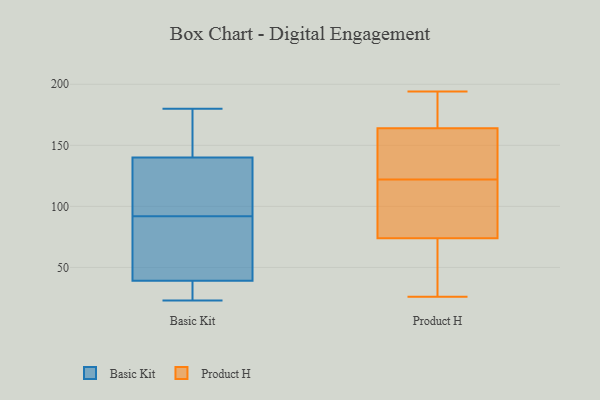
{"axis": {"x": "Revenue (USD Million)", "y": "Value"}, "legend": ["Basic Kit", "Product H"], "data": [{"x": "", "y": 140, "type": "Basic Kit"}, {"x": "", "y": 39, "type": "Basic Kit"}, {"x": "", "y": 60, "type": "Basic Kit"}, {"x": "", "y": 180, "type": "Basic Kit"}, {"x": "", "y": 106, "type": "Basic Kit"}, {"x": "", "y": 78, "type": "Basic Kit"}, {"x": "", "y": 172, "type": "Basic Kit"}, {"x": "", "y": 23, "type": "Basic Kit"}, {"x": "", "y": 28, "type": "Basic Kit"}, {"x": "", "y": 110, "type": "Basic Kit"}, {"x": "", "y": 115, "type": "Product H"}, {"x": "", "y": 121, "type": "Product H"}, {"x": "", "y": 155, "type": "Product H"}, {"x": "", "y": 48, "type": "Product H"}, {"x": "", "y": 123, "type": "Product H"}, {"x": "", "y": 100, "type": "Product H"}, {"x": "", "y": 186, "type": "Product H"}, {"x": "", "y": 194, "type": "Product H"}, {"x": "", "y": 26, "type": "Product H"}, {"x": "", "y": 173, "type": "Product H"}, {"x": "", "y": 137, "type": "Product H"}, {"x": "", "y": 35, "type": "Product H"}]}